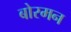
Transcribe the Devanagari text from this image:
बोरमन